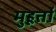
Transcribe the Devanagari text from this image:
मुहूर्ता